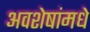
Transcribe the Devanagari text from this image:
अवशेषांमधे